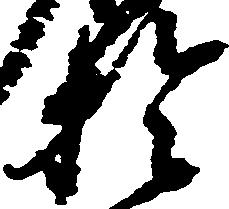
於